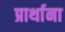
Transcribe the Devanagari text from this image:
प्रार्थाना